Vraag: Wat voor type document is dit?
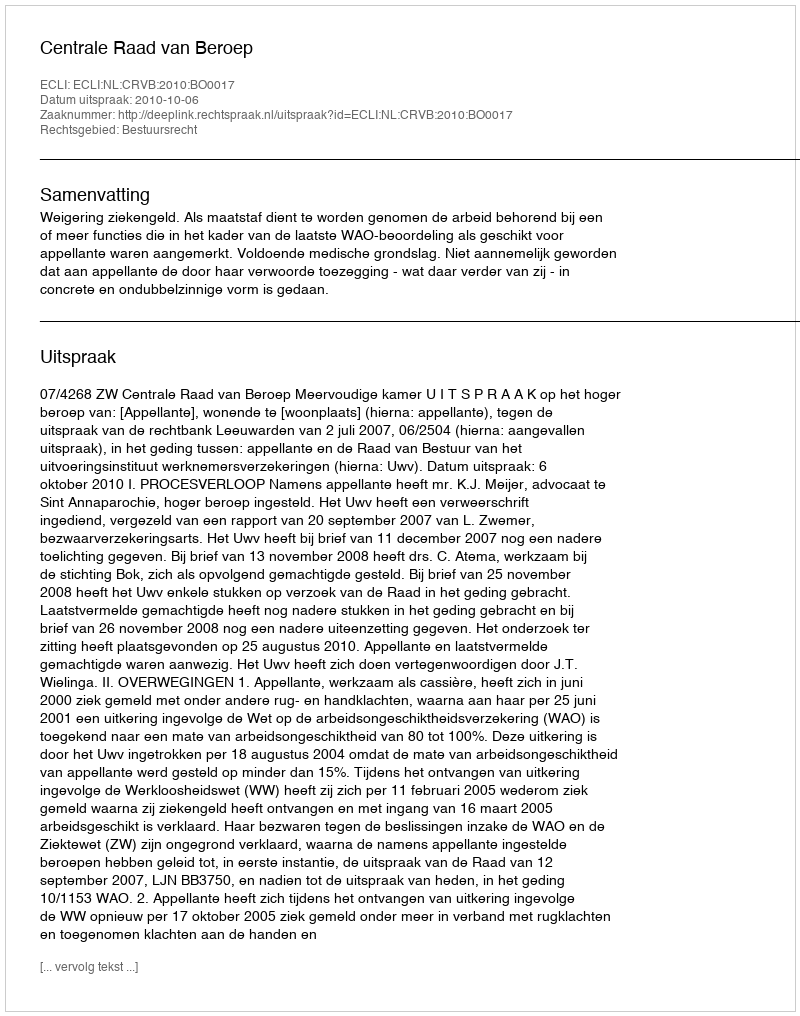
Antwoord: Uitspraak